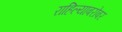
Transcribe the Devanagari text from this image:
राहिल्याबरोबर